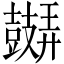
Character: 𲎛